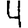
Digit: 4